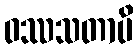
ဝဿသတာပိ